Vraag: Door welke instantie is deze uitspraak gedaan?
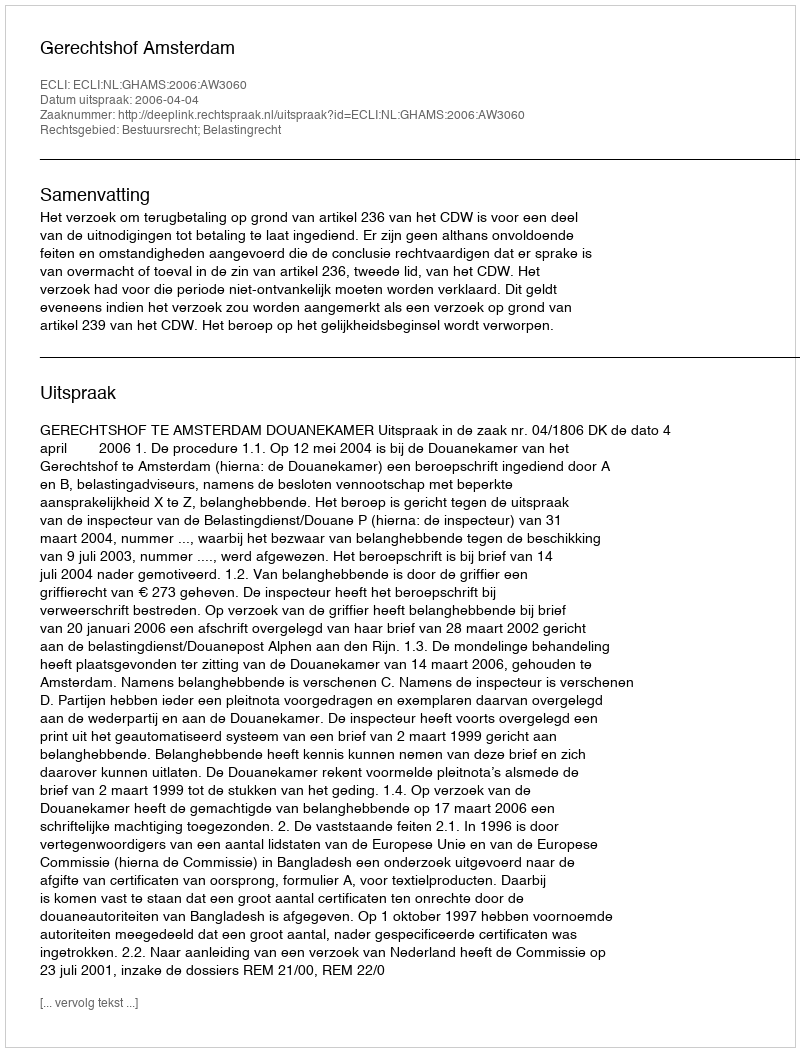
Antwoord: Gerechtshof Amsterdam